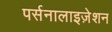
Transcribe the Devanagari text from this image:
पर्सनालाइज़ेशन